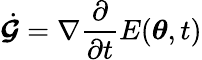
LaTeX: \dot{\boldsymbol{\mathcal{G}}}=\nabla\frac{\partial}{\partial t}E({\boldsymbol{\theta}},t)